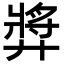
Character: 㢡